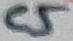
Text: C5